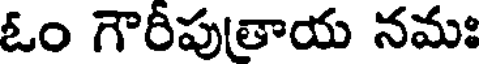
ఓం గౌరీపుతాయ నమః